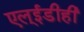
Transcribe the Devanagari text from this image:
एल्‌ईडीही